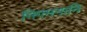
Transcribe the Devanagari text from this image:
निगमनानि